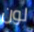
لون